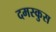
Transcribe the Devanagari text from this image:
दमस्कुस